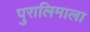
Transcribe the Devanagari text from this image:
पुरालिमाला